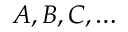
A , B , C , \ldots